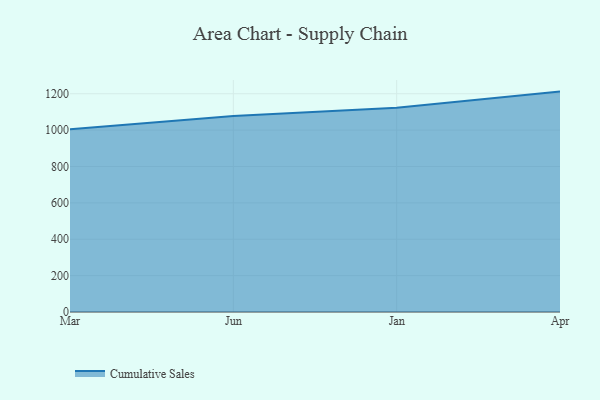
{"axis": {"x": "Month", "y": "Churn Rate (%)"}, "legend": ["Cumulative Sales"], "data": [{"x": "Mar", "y": 1005.0, "type": "Cumulative Sales"}, {"x": "Jun", "y": 1077.0, "type": "Cumulative Sales"}, {"x": "Jan", "y": 1123.0, "type": "Cumulative Sales"}, {"x": "Apr", "y": 1211.7, "type": "Cumulative Sales"}]}